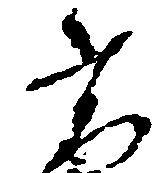
高